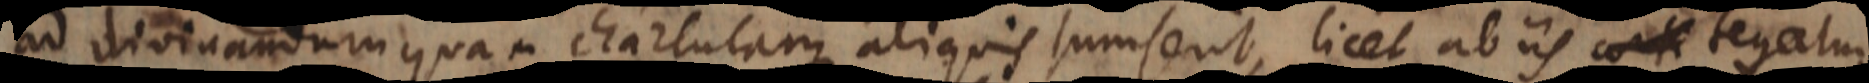
ad divinandum quam chartulam aliquis sumserit, licet ab iis conte tega